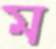
ম